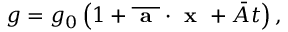
g = g _ { 0 } \left( 1 + \overline { { \textbf { a } } } \cdot \textbf { x } + \bar { A } t \right) ,